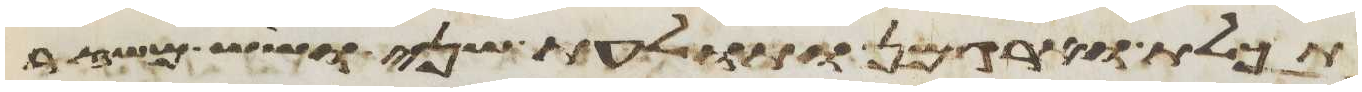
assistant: תכלת וארגמן ותולעת שני ושש משזר